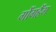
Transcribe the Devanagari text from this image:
गोंगहैंग